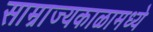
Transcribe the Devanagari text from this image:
साम्राज्यकाळामध्ये